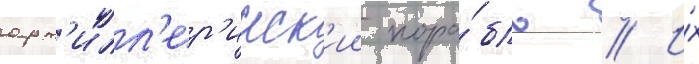
арт'илл'ер'ииск'ии кора́бль // И́х